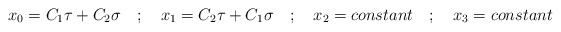
\begin{align*}x_{0} = C_{1}\tau + C_{2}\sigma \quad ; \quad x_{1} = C_{2} \tau+ C_{1}\sigma \quad ; \quad x_{2} = constant \quad ; \quad x_{3}= constant\end{align*}